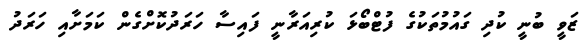
ޒަވީ ބުނީ ކުދި ގައުމުތަކުގެ ފުޓްބޯޅަ ކުރިއަރާނީ ފައިސާ ހަރަދުކޮށްގެން ކަމަށާއި ހަރަދު